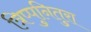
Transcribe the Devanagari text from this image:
त्रिप्पुनितुरा